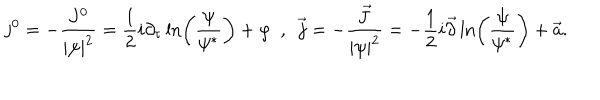
j ^ { 0 } = - \frac { J ^ { 0 } } { | \psi | ^ { 2 } } = \frac { 1 } { 2 } i \partial _ { \tau } \ln \left( \frac { \psi } { \psi ^ { * } } \right) + \varphi \ \ , \ \ \vec { j } = - \frac { \vec { J } } { | \psi | ^ { 2 } } = - \frac { 1 } { 2 } i \vec { \partial } \ln \left( \frac { \psi } { \psi ^ { * } } \right) + \vec { a } .